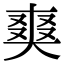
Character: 𭑘